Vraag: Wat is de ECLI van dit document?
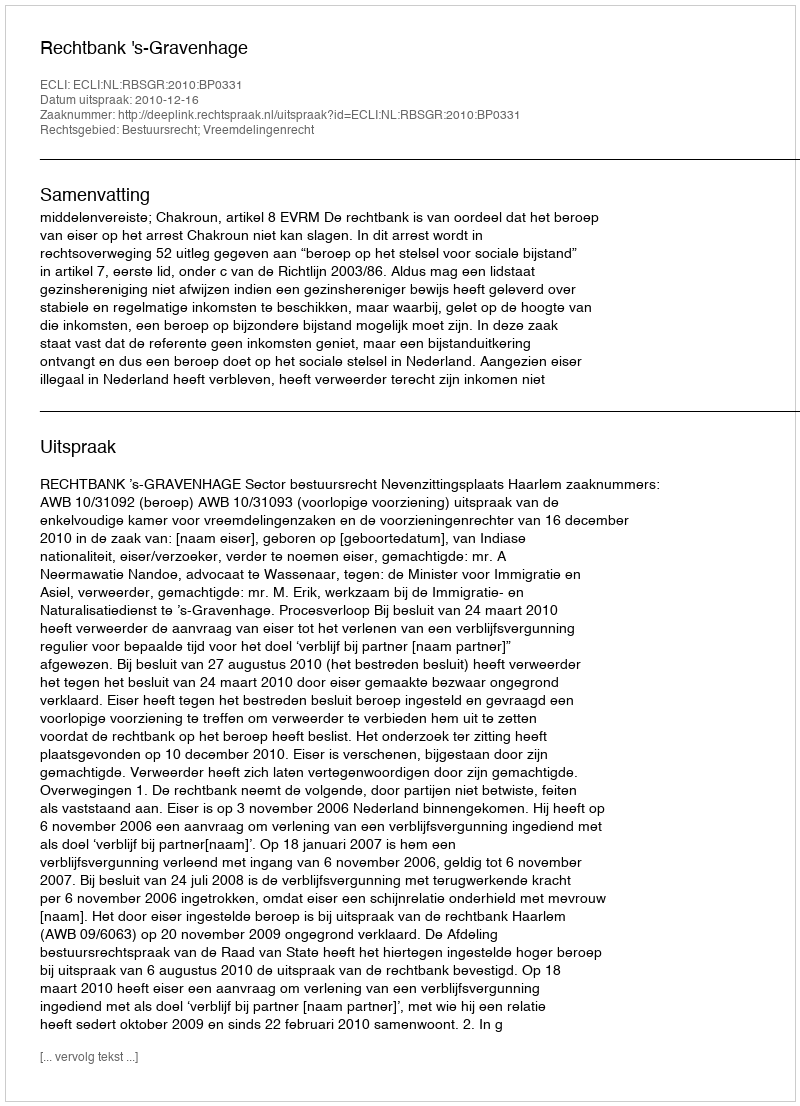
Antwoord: ECLI:NL:RBSGR:2010:BP0331